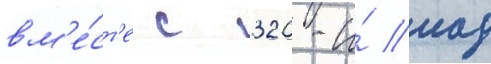
вм'е́ст'е с 320-и́ иад